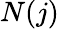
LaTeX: N(j)